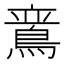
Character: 𬷛